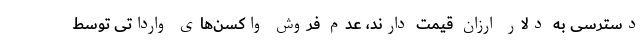
دسترسی به دلار ارزان قیمت دارند، عدم فروش واکسن‌های وارداتی توسط